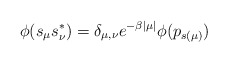
\begin{align*}\phi(s_\mu s_\nu^*)=\delta_{\mu,\nu}e^{-\beta|\mu|}\phi(p_{s(\mu)})\quad \end{align*}